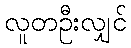
လူတဦးလျှင်